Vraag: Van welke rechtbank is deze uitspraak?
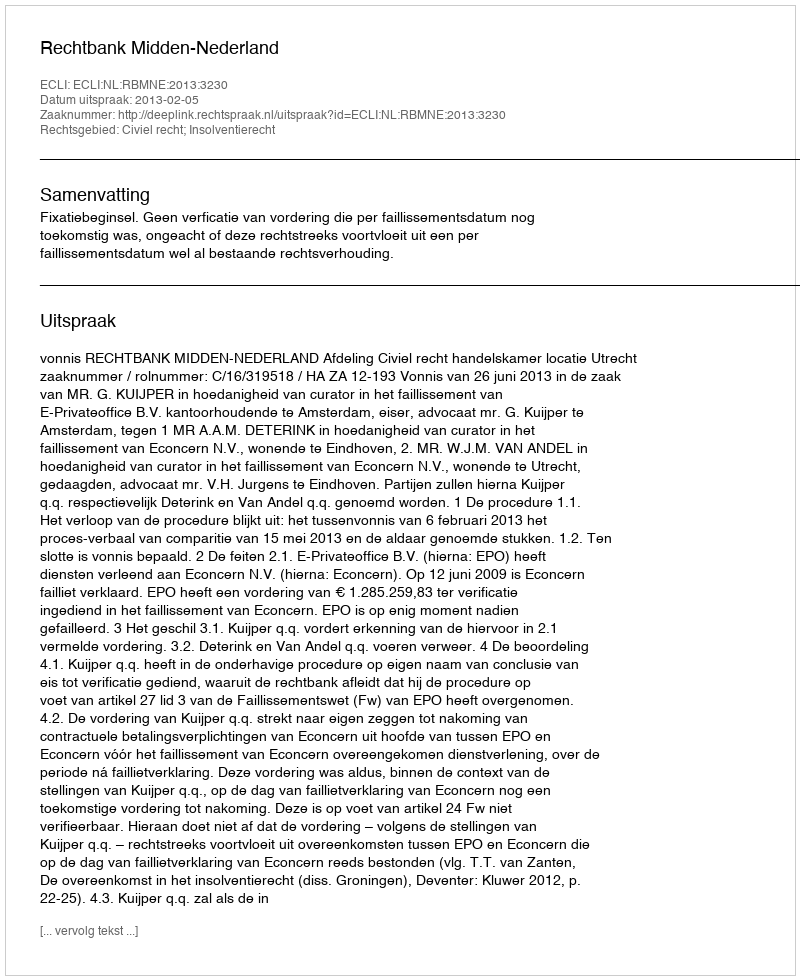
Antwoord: Rechtbank Midden-Nederland